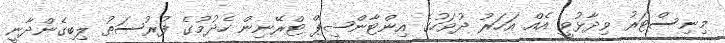
މިނިސްޓަރު ވިދާޅުވީ އެއް އަހަރު ދުވަހުގެ އިންޓާންޝިޕް ޓްރޭނިން ހެދުމުގެ ފުރުސަތު ލިބިގެންދާނީ